Lunatic asylums Madras 1877-1891 - 1877-1891
Year: 1877
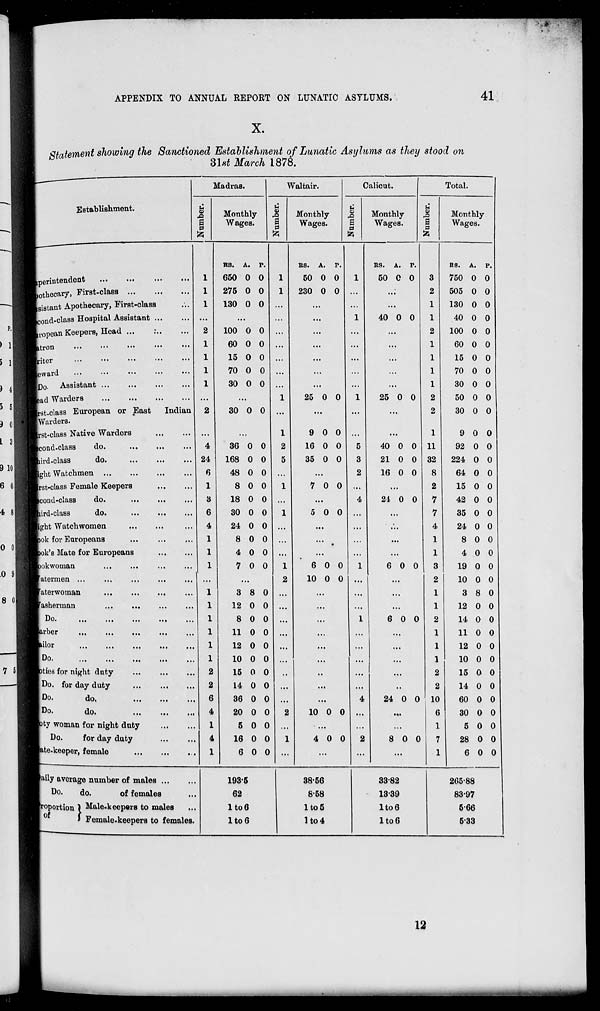
APPENDIX TO ANNUAL REPORT ON LUNATIC ASYLUMS.
41
X.
Statement showing the Sanctioned Establishment of Lunatic Asylums as they stood on
31st
March 1878.
Establishment.
Superintendent
...
...
...
...
othecary, First-class
...
...
...
Assistant Apothecary, First-class ...
Second-class Hospital Assistant ... ...
European Keepers, Head
...
...
...
atron ... ... ... ... ...
riter ... ... ... ... ...
eward
...
...
...
...
...
Do. Assistant
...
...
...
...
ead Warders
...
...
...
...
First-class European or East
Indian
Warders.
First-class Native Warders
...
...
Second-class do.
...
...
...
Third-class
do.
...
...
...
ght Watchmen
...
...
...
...
First-class Female Keepers
...
...
Second-class do.
...
... ...
Third-class
do. ... ... ...
ght Watchwomen ... ... ...
ok for Europeans ... ... ...
ok's Mate for Europeans
...
...
ookwoman ... ... ... ...
atermen ... ... ... ... ...
aterwoman
...
...
...
...
asherman
...
...
...
...
Do.
...
...
...
...
...
Barber
...
...
...
...
...
Tailor
...
...
...
...
...
Do.
...
...
...
...
...
ties for night duty
...
...
...
Do. for day duty
...
...
...
Do.
do.
...
...
...
Do.
do.
...
...
...
oty woman for night duty
...
...
Do.
for day duty
...
...
Gate-keeper, female
...
...
...
Daily average number of males ... ...
Do.
do.
of females ...
Proportion
of
Male-keepers to males ...
Female-keepers to females.
Madras.
Number.
1
1
1
...
2
1
1
1
1
...
2
...
4
24
6
1
3
6
4
1
1
1
...
1
1
1
1
1
1
2
2
6
4
1
4
1
Monthly
Wages.
RS.
650
275
130
A.
0
0
0
P.
0
0
0
...
100
60
15
70
30
0
0
0
0
0
0
0
0
0
0
...
30 0 0
...
36
168
48
8
18
30
24
8
4
7
0
0
0
0
0
0
0
0
0
0
0
0
0
0
0
0
0
0
0
0
...
3
12
8
11
12
10
15
14
36
20
5
16
6
8
0
0
0
0
0
0
0
0
0
0
0
0
0
0
0
0
0
0
0
0
0
0
0
0
0
193.5
62
1 to 6
1 to 6
Waltair.
Number.
1
1
...
...
...
...
...
...
...
1
...
1
2
5
...
1
...
1
...
...
...
1
2
...
...
...
...
...
...
...
...
...
2
...
1
...
Monthly
Wages.
RS.
50
230
A.
0
0
P.
0
0
...
...
...
...
...
...
...
25 0 0
...
9
16
35
0
0
0
0
0
0
...
7 0 0
...
5 0 0
...
...
...
6
10
0
0
0
0
...
...
...
...
...
...
...
...
...
10 0 0
...
4 0 0
...
38.56
8.58
1 to 5
1 to 4
Calicut.
Number.
1
...
...
1
...
...
...
...
...
1
...
...
5
3
2
...
4
...
...
...
...
1
...
...
...
1
...
...
...
...
...
4
...
...
2
...
Monthly
Wages.
RS.
50
A.
0
P.
0
...
...
40 0 0
...
...
...
...
...
25 0 0
...
...
40
21
16
0
0
0
0
0
0
...
24 0 0
...
...
...
...
6 0 0
...
...
...
6 0 0
...
...
...
...
...
24 0 0
...
...
8 0 0
...
33.82
13.39
1 to 6
1 to 6
Total.
Number.
3
2
1
1
2
1
1
1
1
2
2
1
11
32
8
2
7
7
4
1
1
3
2
1
1
2
1
1
1
2
2
10
6
1
7
1
Monthly
Wages.
RS.
750
505
130
40
100
60
15
70
30
50
30
9
92
224
64
15
42
35
24
8
4
19
10
3
12
14
11
12
10
15
14
60
30
5
28
6
A.
0
0
0
0
0
0
0
0
0
0
0
0
0
0
0
0
0
0
0
0
0
0
0
8
0
0
0
0
0
0
0
0
0
0
0
0
P.
0
0
0
0
0
0
0
0
0
0
0
0
0
0
0
0
0
0
0
0
0
0
0
0
0
0
0
0
0
0
0
0
0
0
0
0
265.88
83.97
5.66
5.33
12